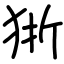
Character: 狾